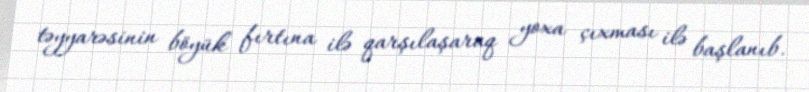
təyyarəsinin böyük fırtına ilə qarşılaşaraq yoxa çıxması ilə başlanıb.